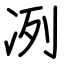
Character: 冽